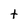
Character: t